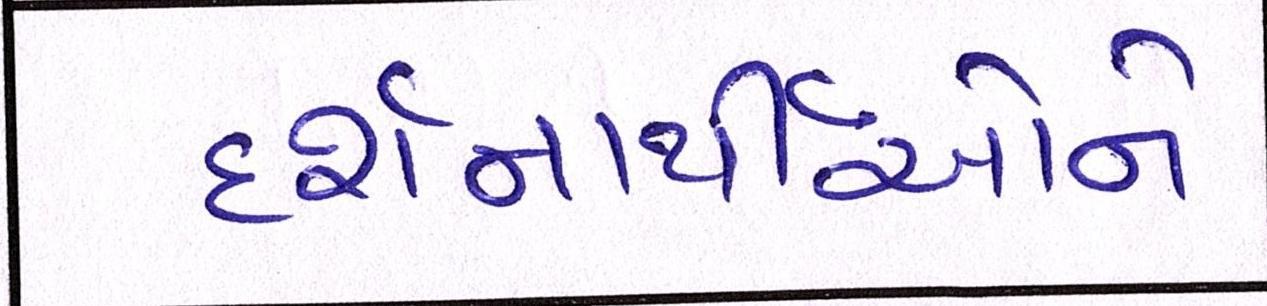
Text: દર્શનાર્થીઓને